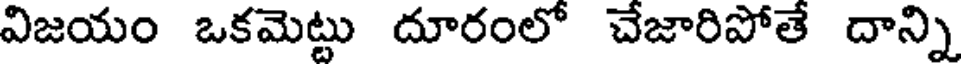
విజయం ఒకమెట్టు దూరంలో చేజారిపోతే దాన్ని